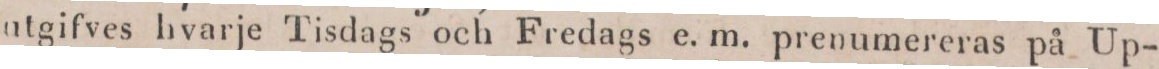
utgifves hvarje Tisdags och Fredags e. m. prenumereras på Up-